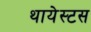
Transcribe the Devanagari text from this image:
थायेस्टस